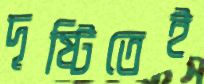
দৃষ্টিতেই